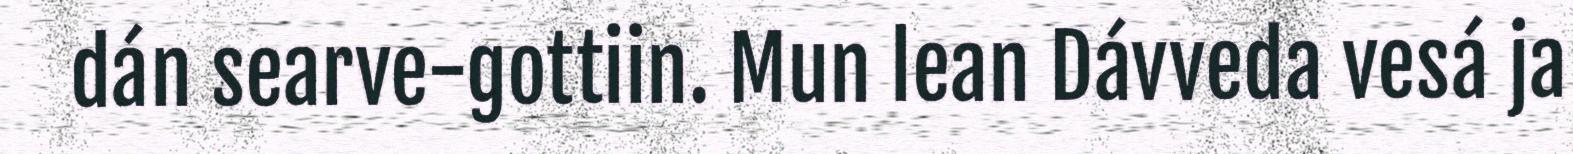
dán searve-gottiin. Mun lean Dávveda vesá ja